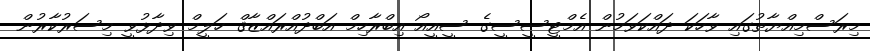
މިރަސްމިއްޔާތުގައި ވާހަކަ ދައްކަވަމުން އެމްޓީސީސީގެ ސީއީއޯ އިބްރާހިމް އަބްދުއްރައްޒާޤް ހަލީމް ވިދާޅުވީ މިސަރުކާރުން